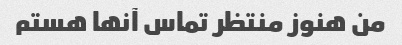
من هنوز منتظر تماس آنها هستم